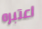
اعتبره